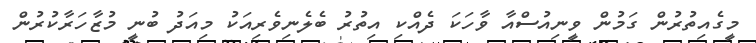
މީގެއިތުރުން ގަމުން ވީނިއުސްއާ ވާހަކަ ދެއްކި އިތުރު ބެލެނިވެރިއަކު މިއަދު ބުނީ މުޒާހަރާކުރުން